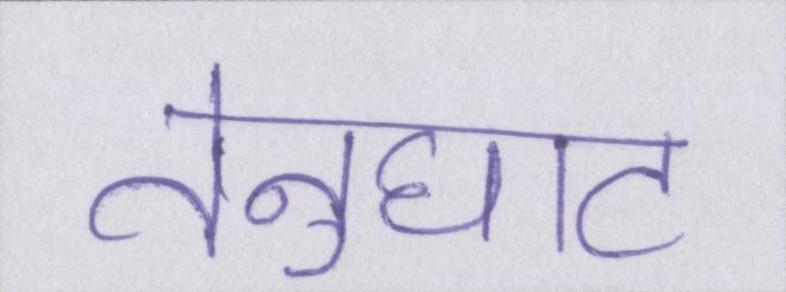
तेनुघाट